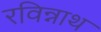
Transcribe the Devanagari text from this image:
रविन्नाथ